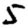
Digit: 5